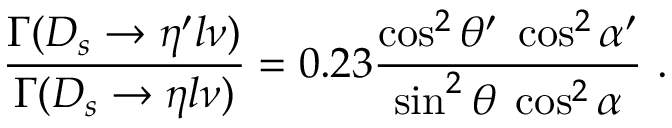
\frac { \Gamma ( D _ { s } \to \eta ^ { \prime } l \nu ) } { \Gamma ( D _ { s } \to \eta l \nu ) } = 0 . 2 3 \frac { \cos ^ { 2 } \theta ^ { \prime } \; \cos ^ { 2 } \alpha ^ { \prime } } { \sin ^ { 2 } \theta \; \cos ^ { 2 } \alpha } \ .